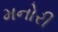
મનોરી